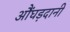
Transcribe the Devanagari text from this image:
औंघड़दानी